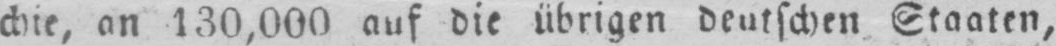
chie, an 130,000 auf die übrigen deutschen Staaten,